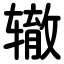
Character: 辙